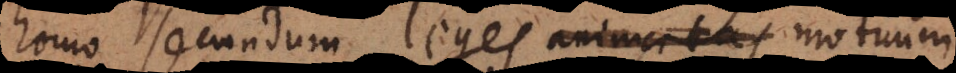
homo secundum leges motuum